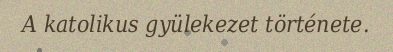
A katolikus gyülekezet története.